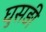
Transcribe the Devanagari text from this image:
घुसड़ी